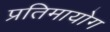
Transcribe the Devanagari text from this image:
प्रतिमायोग